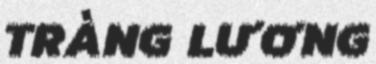
TRÀNG LƯƠNG